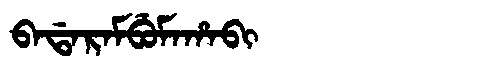
Manchu: ᠪᠠᡩᠠᡵᠠᠮᠪᡠᠮᠠᡥᠠᠪᡳ
Romanization: BADARAMBUMAHABI